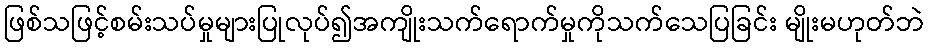
ဖြစ်သဖြင့်စမ်းသပ်မှုများပြုလုပ်၍အကျိုးသက်ရောက်မှုကိုသက်သေပြခြင်း မျိုးမဟုတ်ဘဲ